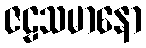
ဇဠသမာနော